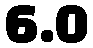
6.0